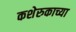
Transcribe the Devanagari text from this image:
कशेरुकाच्या